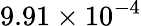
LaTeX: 9.91\times 10^{-4}